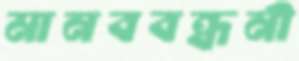
মানববন্ধনী